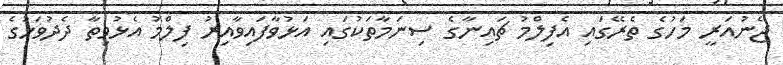
ޖެނުއަރީ މަހުގެ ތެރޭގައި އެފިލްމު ޗައިނާގެ ސިނަމާތަކުގައި އަޅުވާފައިވާއިރު ފިލްމު އެޅުވިތާ ދެދުވަހުގެ